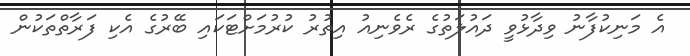
އެ މަނިކުފާނު ވިދާޅުވީ ދައުލަތުގެ ރެވެނިއު އިތުރު ކުރުމަށްޓަކައި ބޭރުގެ އެކި ފަރާތްތަކުން